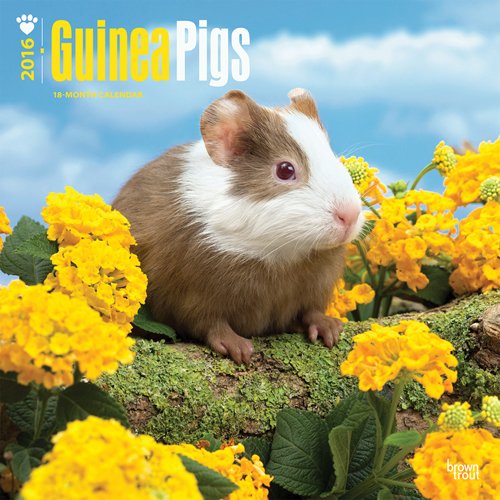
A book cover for Guinea Pigs 2016 Square 12x12 (Multilingual Edition); Browntrout Publishers; Calendars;